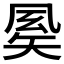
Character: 𥏈